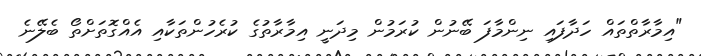
"އިމާރާތްތައް ހަދާފައި ނިންމާފަ ބޭނުން ކުރަމުން މިދަނީ އިމާރާތުގެ ކުރެހުންތަކާއި އެއްގޮތަށްތޯ ބެލޭނެ